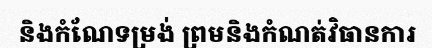
និងកំណែទម្រង់ ព្រមនិងកំណត់វិធានការ